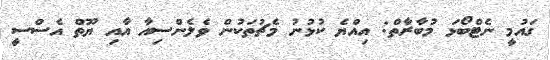
ގައުމީ ނެޓްބޯޅަ މުބާރާތް: އިއްޔެ ކުޅުނު މެޗުތަކުން ވެލެންސިއާ އާއި ޔޫތް އެސްސީ